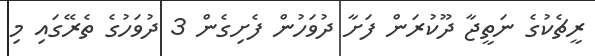
ރީޗެކުގެ ނަތީޖާ ދޫކުރަން ފަށާ ދުވަހުން ފެށިގެން 3 ދުވަހުގެ ތެރޭގައި މި